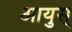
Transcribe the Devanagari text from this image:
आयुस्‌